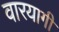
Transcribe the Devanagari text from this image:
वारयागी